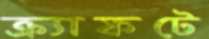
ক্র্যাফটে